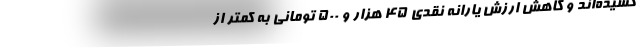
کشیده‌اند و کاهش ارزش یارانه نقدی ۴۵ هزار و ۵۰۰ تومانی به کمتر از